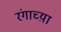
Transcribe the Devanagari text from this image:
रंगाच्य़ा